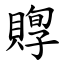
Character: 賯